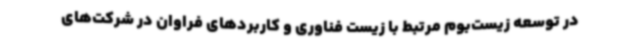
در توسعه زیست‌بوم مرتبط با زیست فناوری و کاربردهای فراوان در شرکت‌های